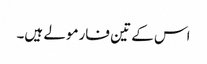
اس کے تین فارمولے ہیں۔